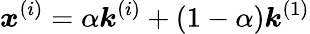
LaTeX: \boldsymbol{x}^{(i)}=\alpha\boldsymbol{k}^{(i)}+(1-\alpha)\boldsymbol{k}^{(1)}